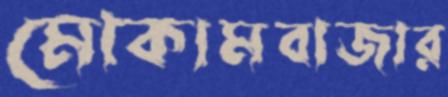
মোকামবাজার